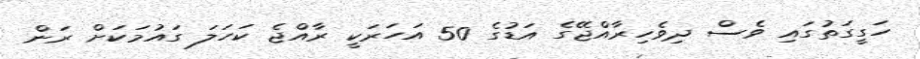
ހަގީގަތުގައި ވެސް ދިވެހިރާއްޖޭގެ އަޑުގެ 50 އަހަރަކީ ރާއްޖެ ކަހަލަ ގައުމަކަށް ރަން